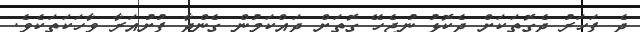
ދެ ފަހަރު ދެގޮތަކަށް ދެކޮޅު ނުޖެހޭ ގޮތަށް ދައްކަމުން ގެންދާ ފުށުއަރާ ވާހަކަތަކެވެ.